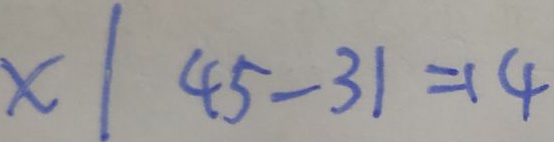
x \vert 4 5 - 3 1 = 1 4